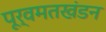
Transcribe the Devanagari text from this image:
पूर्वमतखंडन